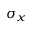
\sigma _ { x }